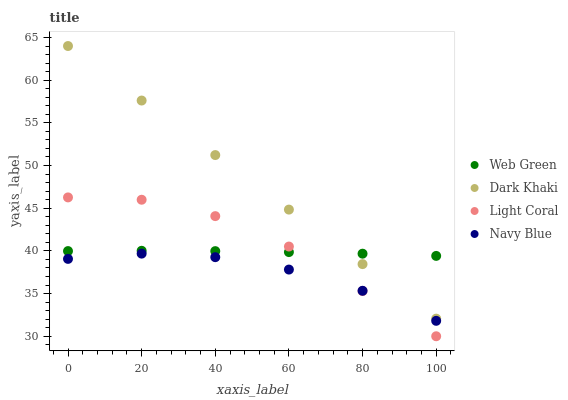
| xaxis_label | Web Green | Dark Khaki | Light Coral | Navy Blue |
 | --- | --- | --- | --- | --- |
 | 0 | 40 | 64 | 46.3 | 39.1 |
 | 20 | 40 | 57.6 | 46 | 39.7 |
 | 40 | 40 | 51.2 | 44.1 | 39.3 |
 | 60 | 39.9 | 44.8 | 40.5 | 37.8 |
 | 80 | 39.7 | 38.5 | 35.3 | 35.3 |
 | 100 | 39.4 | 32.1 | 30 | 31.8 |